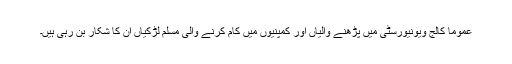
عموماً کالج ویونیورسٹی میں پڑھنے والیاں اور کمپنیوں میں کام کرنے والی مسلم لڑکیاں ان کا شکار بن رہی ہیں۔